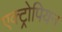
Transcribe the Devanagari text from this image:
एक्ट्रोपियन